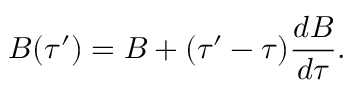
B ( \tau ^ { \prime } ) = B + ( \tau ^ { \prime } - \tau ) \frac { d B } { d \tau } .